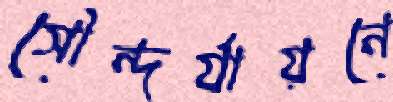
সৌন্দর্যায়নে